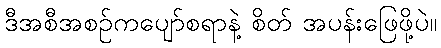
ဒီအစီအစဉ်ကပျော်စရာနဲ့ စိတ် အပန်းဖြေဖို့ပဲ။